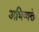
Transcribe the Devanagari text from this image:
अभिव्यक्ते